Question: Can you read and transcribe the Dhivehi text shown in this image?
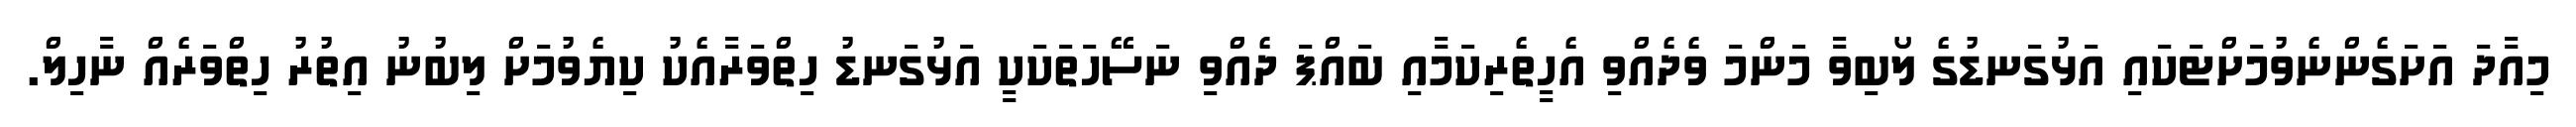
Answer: މިއާދަ އަށަގެންނެވުމަށްޓަކައި އަޅުގަނޑުގެ ލޯބިވާ މަންމަ ވެދެއްވި އެހީތެރިކަމާއި ބައްޕަ ދެއްވި ނަސޭހަތަކަކީ އަޅުގަނޑު ހިތްވަރާއެކު ކިޔެވުމަށް ލިބުނު އިތުރު ހިތްވަރެއް ނާހިލް.